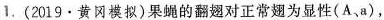
1.(2019 · 黄冈模拟)果蝇的翻翅对正常翅为显性(A，a)，